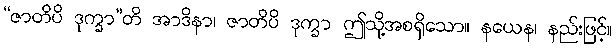
“ဇာတိပိ ဒုက္ခာ”တိ အာဒိနာ၊ ဇာတိပိ ဒုက္ခာ ဤသို့အစရှိသော။ နယေန၊ နည်းဖြင့်။